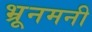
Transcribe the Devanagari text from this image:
भ्रूनमनी